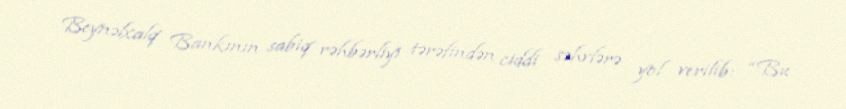
Beynəlxalq Bankının sabiq rəhbərliyi tərəfindən ciddi səhvlərə yol verilib: “Bu